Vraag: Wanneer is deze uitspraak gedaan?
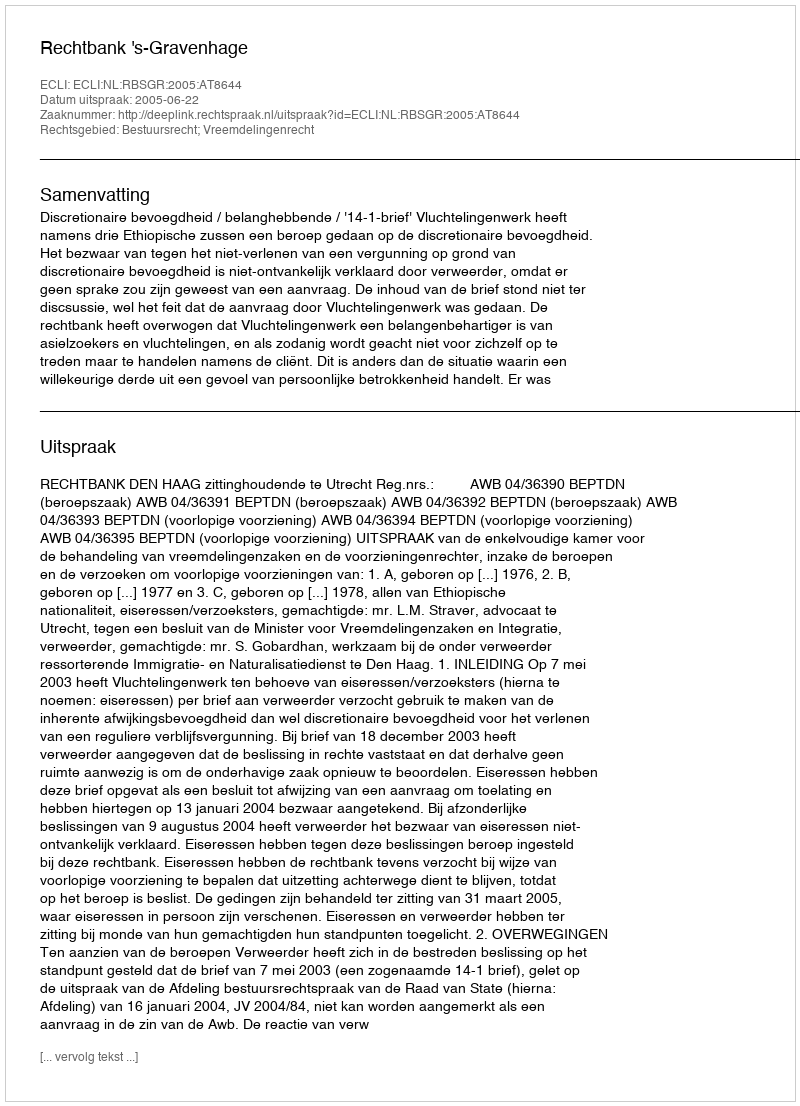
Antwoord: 2005-06-22